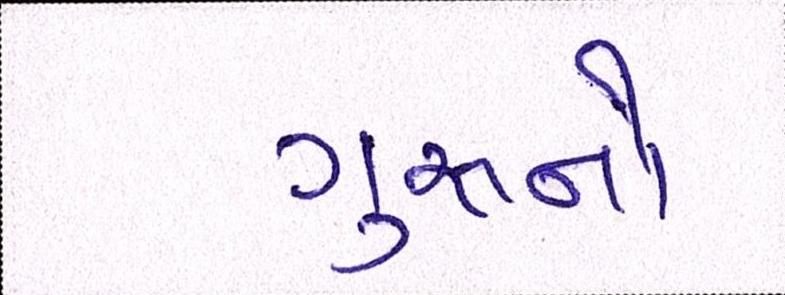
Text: ગુરૃનો